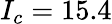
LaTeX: I_{c}=15.4